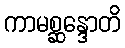
ကာမစ္ဆန္ဒောတိ